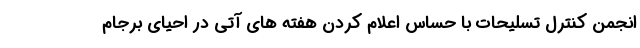
انجمن کنترل تسلیحات با حساس اعلام کردن هفته های آتی در احیای برجام